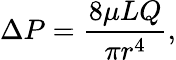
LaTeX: \Delta P={\frac{8\mu LQ}{\pi r^{4}}},